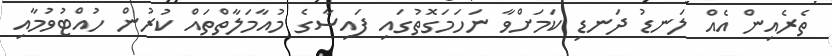
ތެރެއިން އެއް ލަނޑު ދަނޑި ކަމަށްވާ ނަހަމަގޮތުގައި ފައިސާގެ މުއާމަލާތްތައް ކުރުން ހުއްޓުވުމާއި